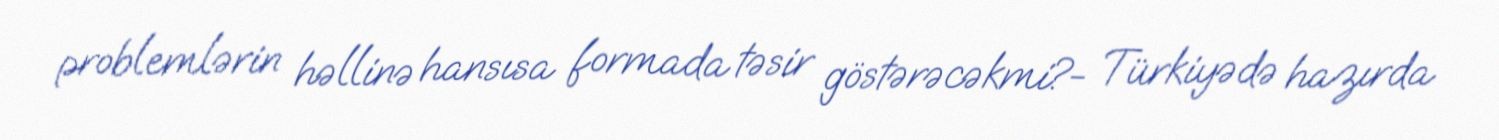
problemlərin həllinə hansısa formada təsir göstərəcəkmi?- Türkiyədə hazırda